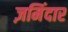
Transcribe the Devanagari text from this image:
ज़मिंदार